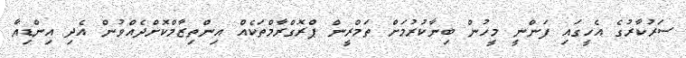
ސަރުކާރުގެ އެހީގައި ފަންނީ މީހުން ބިނާކުރުމަށް ތަމްރީން ޕްރޮގްރާމްތަކެއް އިންތިޒާމްކޮށްދެއްވުން އެދި އިންޑިއާ